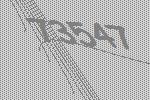
73547